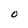
Character: O